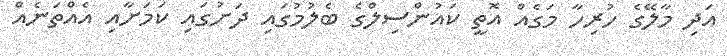
އަދި މާލޭގެ ހުރިހާ މަގެއް އޮތީ ކައުންސިލްގެ ބެލުމުގައި ދަށުގައި ކަމަށާއި އެއްތަނެއް